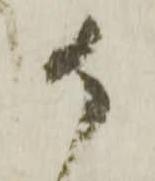
か